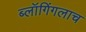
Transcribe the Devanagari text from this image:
ब्लॉगिंगलाच